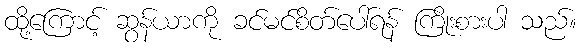
ထို့ကြောင့် ဆွန်ယာကို ခင်မင်စိတ်ပေါ်ရန် ကြိုးစားပါ သည်။